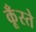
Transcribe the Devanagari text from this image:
कूँस्ते